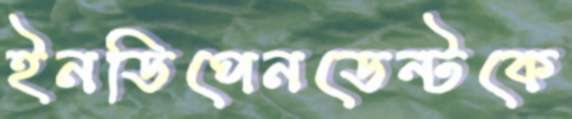
ইনডিপেনডেন্টকে